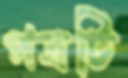
পত্রটি